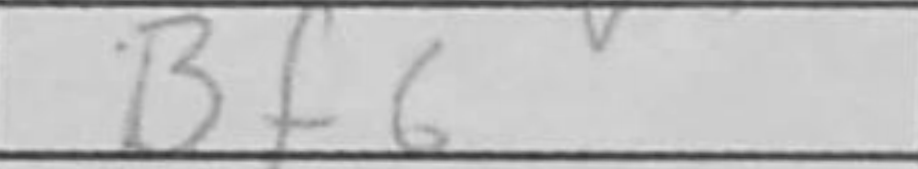
Transcription: Bf6